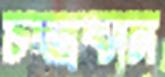
চন্দ্রবান